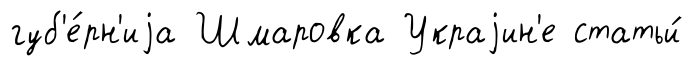
губ'е́рн'иjа Шмаровка Украjин'е статьи́